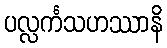
ပလ္လင်္ကသဟဿာနိ